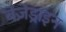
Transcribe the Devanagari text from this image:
बेंज़ेड्राइन